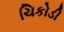
ચિકોડી